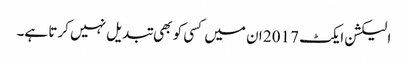
الیکشن ایکٹ 2017 ان میں کسی کو بھی تبدیل نہیں کرتا ہے۔